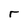
Character: r